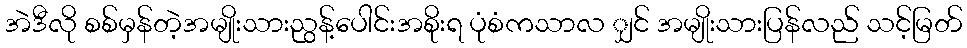
အဲဒီလို စစ်မှန်တဲ့အမျိုးသားညွန့်ပေါင်းအစိုးရ ပုံစံကသာလ ျှင် အမျိုးသားပြန်လည် သင့်မြတ်